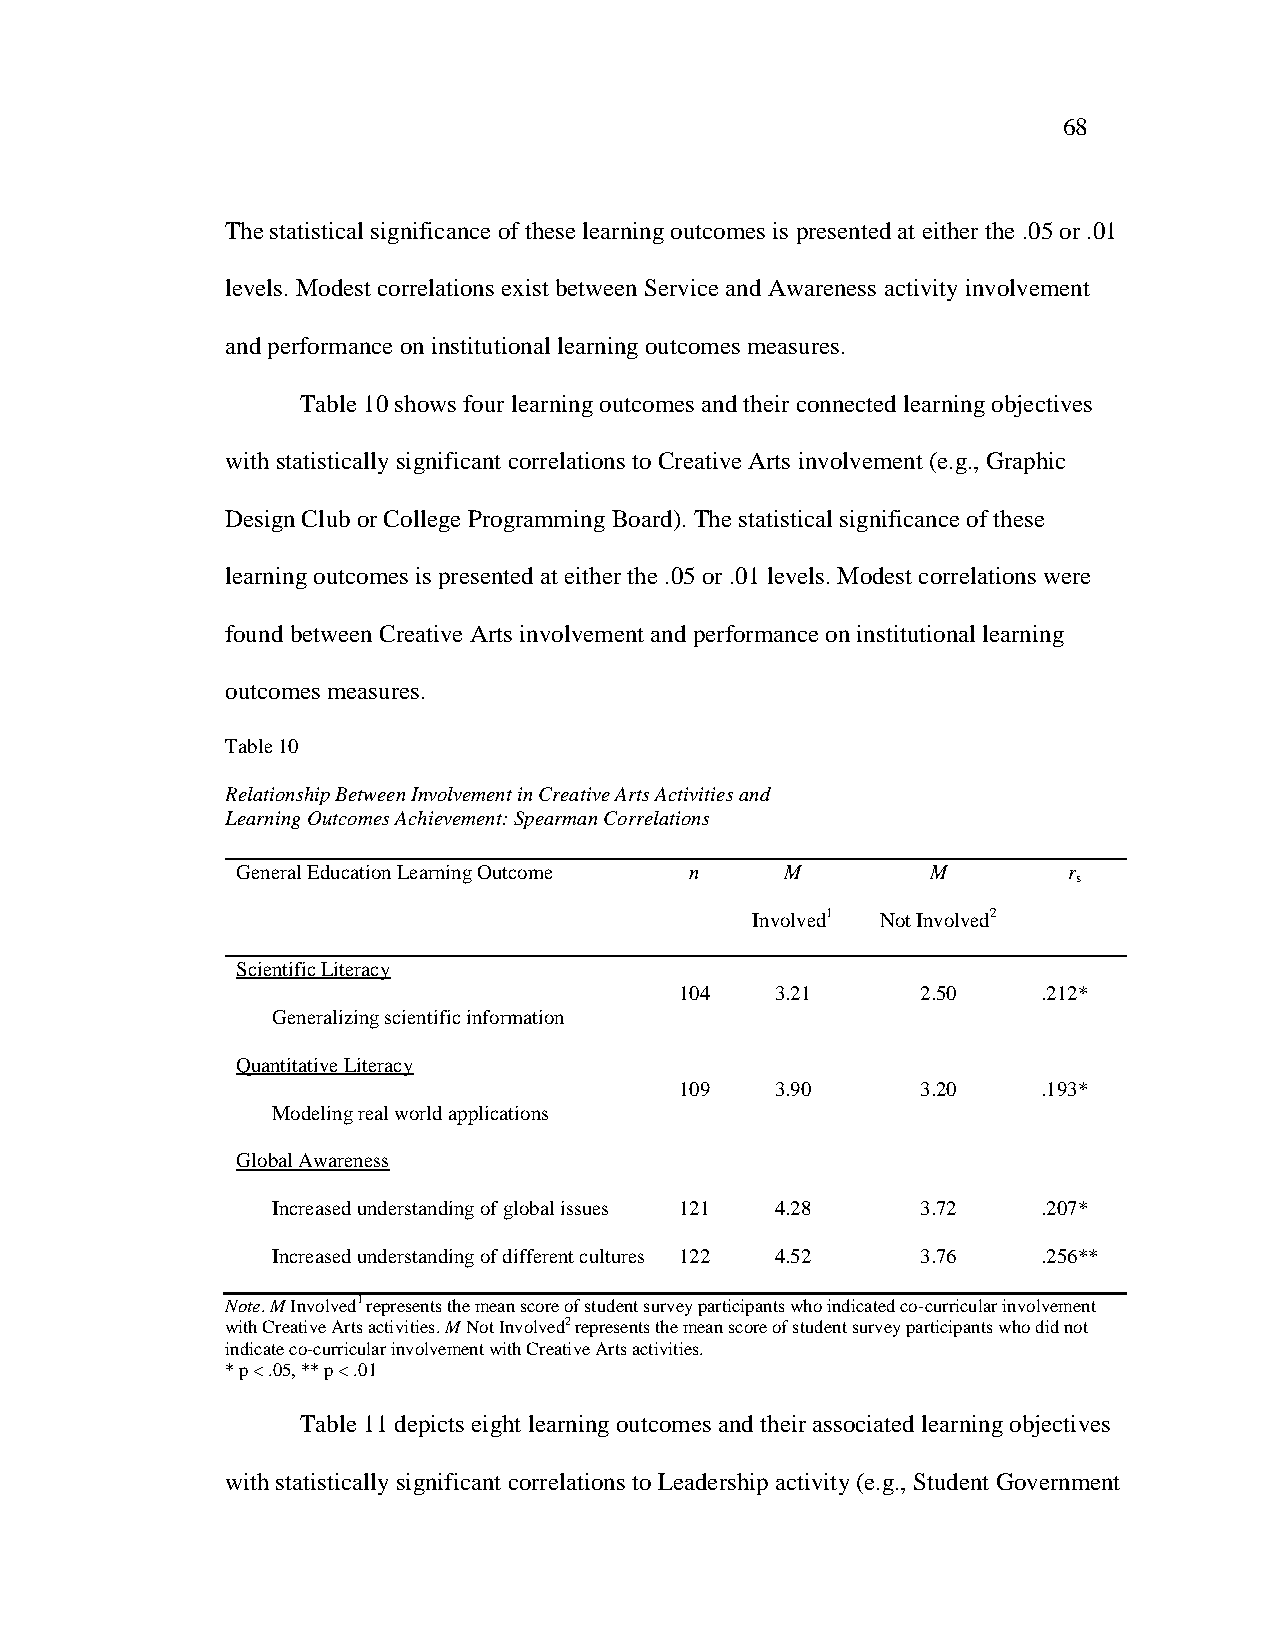
68
 The statistical significance of these learning outcomes is presented at either the .05 or .01
 levels. Modest correlations exist between Service and Awareness activity involvement
 and performance on institutional learning outcomes measures.
 Table 10 shows four learning outcomes and their connected learning objectives
 with statistically significant correlations to Creative Arts involvement (e.g., Graphic
 Design Club or College Programming Board). The statistical significance of these
 learning outcomes is presented at either the .05 or .01 levels. Modest correlations were
 found between Creative Arts involvement and performance on institutional learning
 outcomes measures.
 Table 10
 Relationship Between Involvement in Creative Arts Activities and
 Learning Outcomes Achievement: Spearman Correlations
 General Education Learning Outcome n M        M        r
 s
 Involved1 Not Involved2
 Scientific Literacy
 104   3.21      2.50    .212*
 Generalizing scientific information
 Quantitative Literacy
 109   3.90      3.20    .193*
 Modeling real world applications
 Global Awareness
 Increased understanding of global issues 121 4.28 3.72 .207*
 Increased understanding of different cultures 122 4.52 3.76 .256**
 Note. M Involved1 represents the mean score of student survey participants who indicated co-curricular involvement
 with Creative Arts activities. M Not Involved2 represents the mean score of student survey participants who did not
 indicate co-curricular involvement with Creative Arts activities.
 * p < .05, ** p < .01
 Table 11 depicts eight learning outcomes and their associated learning objectives
 with statistically significant correlations to Leadership activity (e.g., Student Government